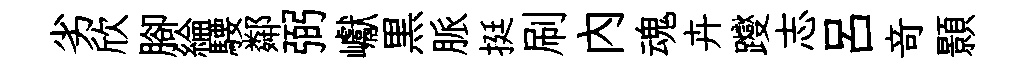
劣欣腳綸騕鄰弼巘黒脈挺刷內魂卉躞志呂竒顥